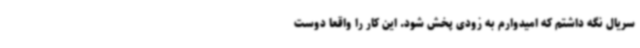
سریال نگه داشتم که امیدوارم به زودی پخش شود. این کار را واقعا دوست